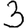
Digit: 3